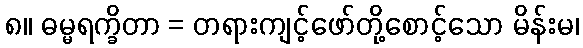
၈။ ဓမ္မရက္ခိတာ = တရားကျင့်ဖော်တို့စောင့်သော မိန်းမ၊